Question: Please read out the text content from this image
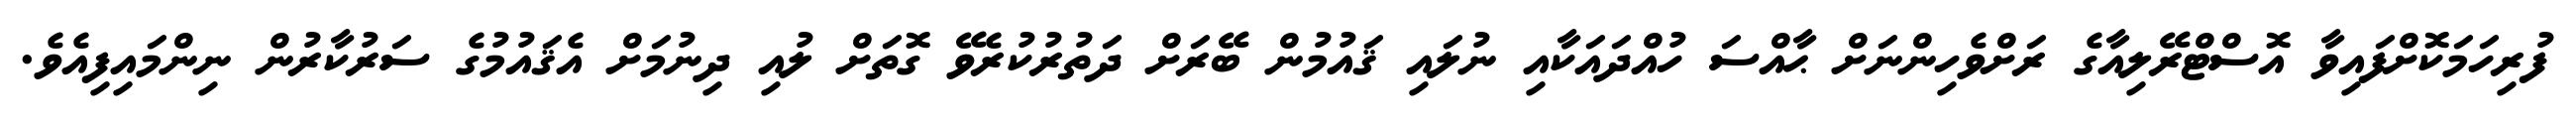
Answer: ފުރިހަމަކޮށްފައިވާ އޮސްޓްރޭލިއާގެ ރަށްވެހިންނަށް ޙާއްސަ ހުއްދައަކާއި ނުލައި ޤައުމުން ބޭރަށް ދަތުރުކުރެވޭ ގޮތަށް ލުއި ދިނުމަށް އެޤައުމުގެ ސަރުކާރުން ނިންމައިފިއެވެ.